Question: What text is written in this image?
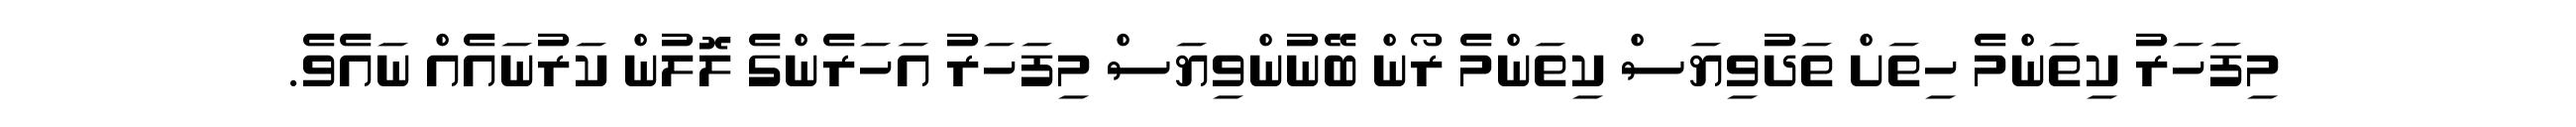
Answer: މިފަހަރު ކިތަންމެ ހިތަށް ތަދުވިޔަސް ކިތަންމެ ރޯން ބޭނުންވިޔަސް މިފަހަރު އަހަރެންގެ ލޮލުން ކަރުނައެއް ނައެވެ.